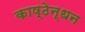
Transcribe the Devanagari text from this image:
काष्ठेन्धन